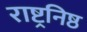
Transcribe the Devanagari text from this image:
राष्ट्रनिष्ठ